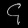
Digit: ၄